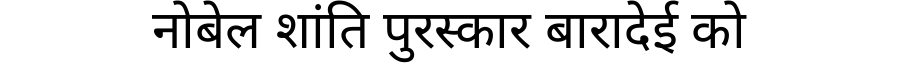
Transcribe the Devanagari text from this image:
नोबेल शांति पुरस्कार बारादेई को